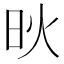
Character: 炚